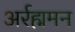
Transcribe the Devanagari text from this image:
अर्रह्ममन